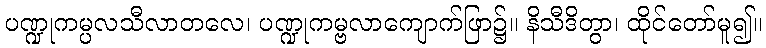
ပဏ္ဍုကမ္ပလသီလာတလေ၊ ပဏ္ဍုကမ္ဗလာကျောက်ဖြာ၌။ နိသီဒိတွာ၊ ထိုင်တော်မူ၍။